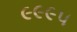
૯૯૯૫